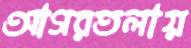
আগরতলায়